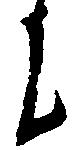
に